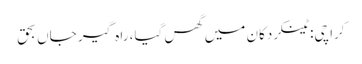
کراچی: ٹینکر دکان میں گھس گیا، راہ گیر جاں بحق